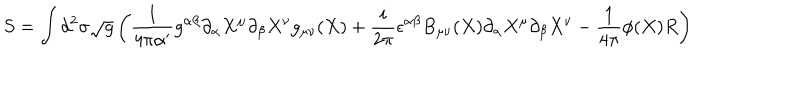
S = \int d ^ { 2 } \sigma \sqrt { g } \left( \frac { 1 } { 4 \pi \alpha ^ { \prime } } g ^ { \alpha \beta } \partial _ { \alpha } X ^ { \mu } \partial _ { \beta } X ^ { \nu } g _ { \mu \nu } ( X ) + \frac { i } { 2 \pi } \epsilon ^ { \alpha \beta } B _ { \mu \nu } ( X ) \partial _ { \alpha } X ^ { \mu } \partial _ { \beta } X ^ { \nu } - \frac { 1 } { 4 \pi } \phi ( X ) R \right)